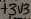
Text: +3V3